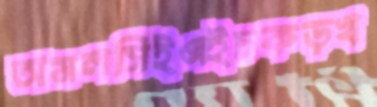
অমলসিইএইচকড়খ